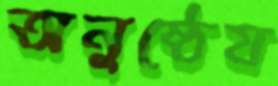
অনুষ্ঠেয